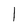
Character: I